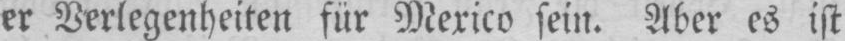
er Verlegenheiten für Mexico sein. Aber es ist